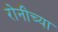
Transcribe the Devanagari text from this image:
रोनीच्या